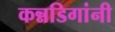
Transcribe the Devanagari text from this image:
कन्नडिगांनी